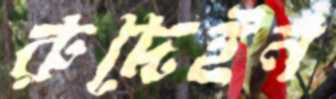
রুদেইন